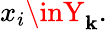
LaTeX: x_{i}\inY_{\mathbf{k}}.